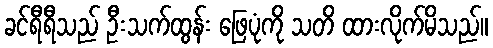
ခင်ရီရီသည် ဦးသက်ထွန်း ဖြေပုံကို သတိ ထားလိုက်မိသည်။